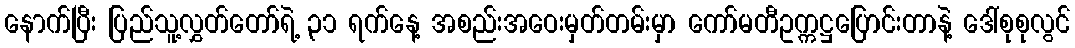
နောက်ပြီး ပြည်သူ့လွှတ်တော်ရဲ့ ၃၁ ရက်နေ့ အစည်းအဝေးမှတ်တမ်းမှာ ကော်မတီဥက္ကဋ္ဌပြောင်းတာနဲ့ ဒေါ်စုစုလွင်